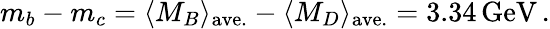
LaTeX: m_{b}-m_{c}=\langle M_{B}\rangle_{\mathrm{ave.}}-\langle M_{D}\rangle_{\mathrm{ave.}}=3.34\, \mathrm{GeV}\, .